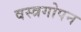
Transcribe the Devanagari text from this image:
वस्त्रगोपन